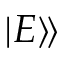
| E \rangle \! \rangle